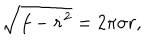
LaTeX: \sqrt { f - { \dot { r } ^ { 2 } } } = 2 \pi \sigma r ,